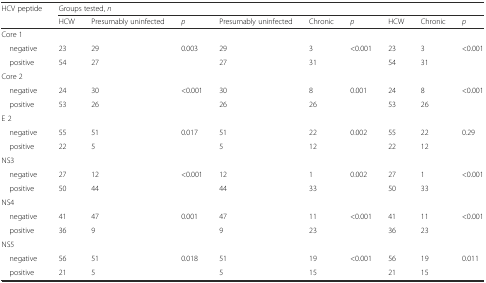
| HCV peptide | <COLSPAN=9> Groups tested, n |
 |  | HCW | Presumably uninfected | p | Presumably uninfected | Chronic | p | HCW | Chronic | p |
 | --- | --- | --- | --- | --- | --- | --- | --- | --- | --- |
 | Core 1 |  |  |  |  |  |  |  |  |  |
 | negative | 23 | 29 | 0.003 | 29 | 3 | <0.001 | 23 | 3 | <0.001 |
 | positive | 54 | 27 |  | 27 | 31 |  | 54 | 31 |  |
 | Core 2 |  |  |  |  |  |  |  |  |  |
 | negative | 24 | 30 | <0.001 | 30 | 8 | 0.001 | 24 | 8 | <0.001 |
 | positive | 53 | 26 |  | 26 | 26 |  | 53 | 26 |  |
 | E 2 |  |  |  |  |  |  |  |  |  |
 | negative | 55 | 51 | 0.017 | 51 | 22 | 0.002 | 55 | 22 | 0.29 |
 | positive | 22 | 5 |  | 5 | 12 |  | 22 | 12 |  |
 | NS3 |  |  |  |  |  |  |  |  |  |
 | negative | 27 | 12 | <0.001 | 12 | 1 | 0.002 | 27 | 1 | <0.001 |
 | positive | 50 | 44 |  | 44 | 33 |  | 50 | 33 |  |
 | NS4 |  |  |  |  |  |  |  |  |  |
 | negative | 41 | 47 | 0.001 | 47 | 11 | <0.001 | 41 | 11 | <0.001 |
 | positive | 36 | 9 |  | 9 | 23 |  | 36 | 23 |  |
 | NS5 |  |  |  |  |  |  |  |  |  |
 | negative | 56 | 51 | 0.018 | 51 | 19 | <0.001 | 56 | 19 | 0.011 |
 | positive | 21 | 5 |  | 5 | 15 |  | 21 | 15 |  |